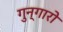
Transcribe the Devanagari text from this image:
गुन्गारो